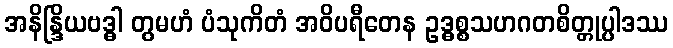
အနိန္ဒြိယဗဒ္ဓါ တွမဟံ ပံသုကိတံ အဝိပရီတေန ဥဒ္ဓစ္စသဟဂတစိတ္တုပ္ပါဒဿ